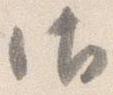
御